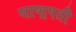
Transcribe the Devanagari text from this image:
साष्ट्रपती